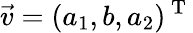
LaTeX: \vec{v}=(a_{1},b,a_{2})^{\mathrm{~T~}}